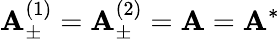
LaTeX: {\mathbf A}_{\pm}^{(1)}={\mathbf A}_{\pm}^{(2)}={\mathbf A}={\mathbf A}^{*}